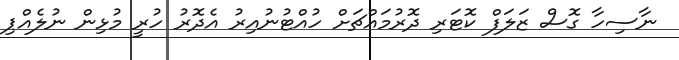
ނާސިހާ ގޮސް ޒަލަފް ކޮޓަރި ދޮރުމައްޗަށް ހުއްޓުނުއިރު އެދޮރު ހުރީ މުޅިން ނުލެއްޕި